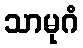
သာမုဂံ